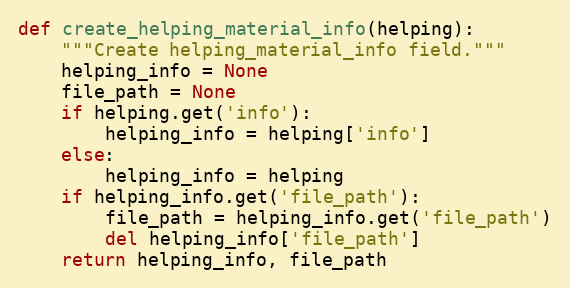
Language: Python
def create_helping_material_info(helping):
    """Create helping_material_info field."""
    helping_info = None
    file_path = None
    if helping.get('info'):
        helping_info = helping['info']
    else:
        helping_info = helping
    if helping_info.get('file_path'):
        file_path = helping_info.get('file_path')
        del helping_info['file_path']
    return helping_info, file_path